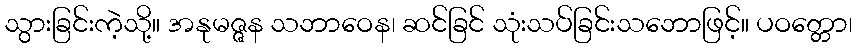
သွားခြင်းကဲ့သို့။ အနုမဇ္ဇန သဘာဝေန၊ ဆင်ခြင် သုံးသပ်ခြင်းသဘောဖြင့်။ ပဝတ္တော၊